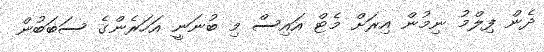
ދެން ފިލްމު ނިމުން އިރަށް މެޓް އައިސް މި ބުނަނީ އަހަރެންގެ ސަބަބުން